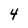
Character: 4